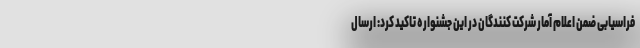
فراسیابی ضمن اعلام آمار شرکت کنندگان در این جشنواره تاکید کرد: ارسال